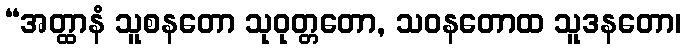
“အတ္ထာနံ သူစနတော သုဝုတ္တတော, သဝနတောထ သူဒနတော၊